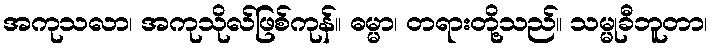
အကုသလာ၊ အကုသိုလ်ဖြစ်ကုန်။ ဓမ္မာ၊ တရားတို့သည်။ သမ္မုခီဘူတာ၊